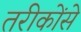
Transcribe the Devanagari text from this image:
तरीकोंसे